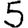
Digit: 5